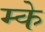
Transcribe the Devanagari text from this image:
म्के